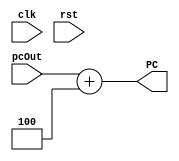
module IF_adder(input clk,rst,input [31:0] pcOut,output  [31:0] PC);
    assign PC = pcOut + 32'd4;
endmodule